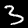
Digit: 3